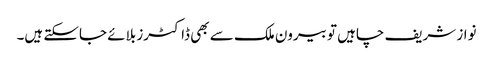
نواز شریف چاہیں تو بیرون ملک سے بھی ڈاکٹرز بلائے جاسکتے ہیں۔